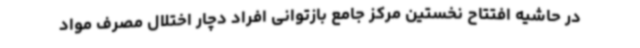
در حاشیه افتتاح نخستین مرکز جامع بازتوانی افراد دچار اختلال مصرف مواد